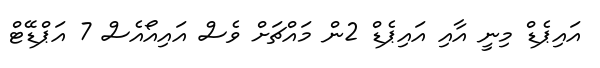
އައިޕެޑް މިނީ އާއި އައިޕެޑް 2ން މައްޗަށް ވެސް އައިއޯއެސް 7 އަޕްޑޭޓް